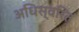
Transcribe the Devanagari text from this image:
अधिस्वरित